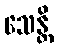
သေန္တိ